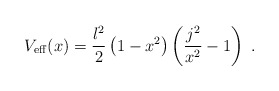
\begin{align*}V_{\rm eff}(x)= \frac{l^2}{2}\left(1-x^2\right)\left(\frac{j^2}{x^2}-1 \right)\;.\end{align*}